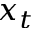
x _ { t }